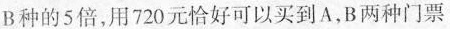
B种的5倍，用720元恰好可以买到A，B两种门票